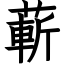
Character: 蔪